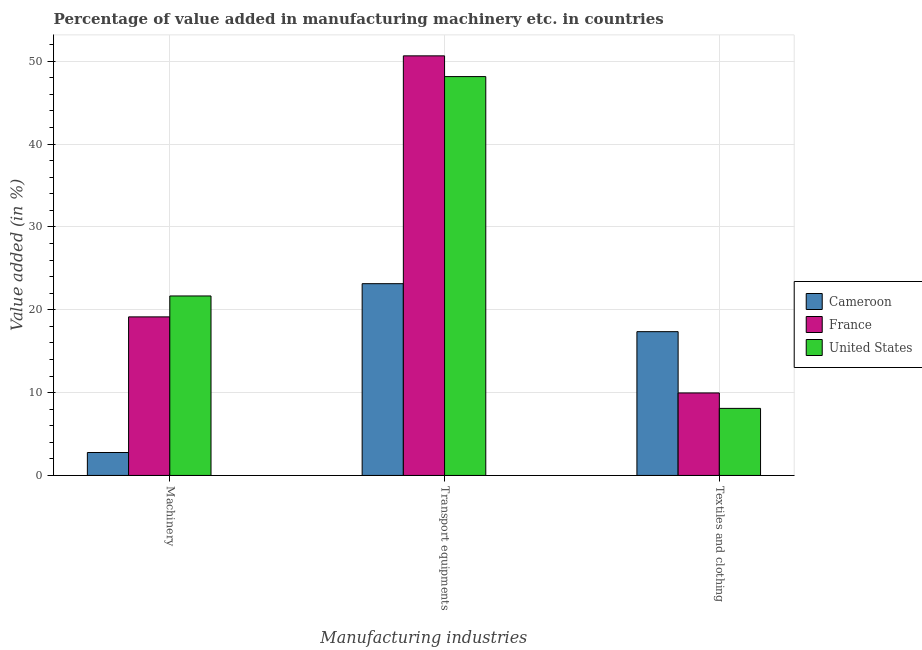
| Manufacturing industries | Cameroon | France | United States |
 | --- | --- | --- | --- |
 | Machinery | 2.77 | 19.1 | 21.7 |
 | Transport equipments | 23.2 | 50.7 | 48.2 |
 | Textiles and clothing | 17.4 | 9.96 | 8.1 |